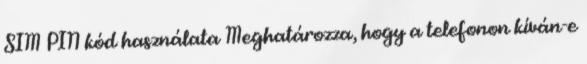
SIM PIN kód használata Meghatározza, hogy a telefonon kíván-e